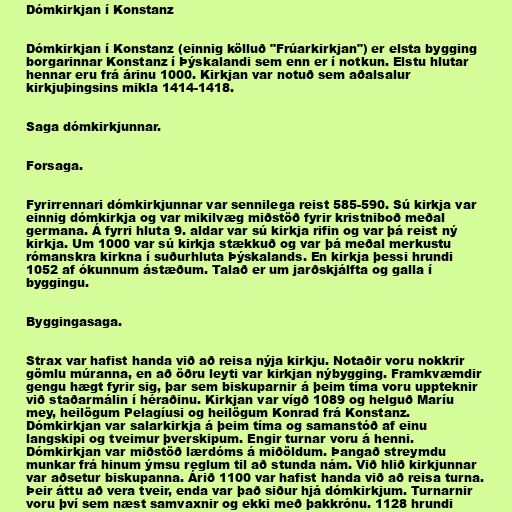
Dómkirkjan í Konstanz

Dómkirkjan í Konstanz (einnig kölluð "Frúarkirkjan") er elsta bygging
borgarinnar Konstanz í Þýskalandi sem enn er í notkun. Elstu hlutar
hennar eru frá árinu 1000. Kirkjan var notuð sem aðalsalur
kirkjuþingsins mikla 1414-1418.

Saga dómkirkjunnar.

Forsaga.

Fyrirrennari dómkirkjunnar var sennilega reist 585-590. Sú kirkja var
einnig dómkirkja og var mikilvæg miðstöð fyrir kristniboð meðal
germana. Á fyrri hluta 9. aldar var sú kirkja rifin og var þá reist ný
kirkja. Um 1000 var sú kirkja stækkuð og var þá meðal merkustu
rómanskra kirkna í suðurhluta Þýskalands. En kirkja þessi hrundi
1052 af ókunnum ástæðum. Talað er um jarðskjálfta og galla í
byggingu.

Byggingasaga.

Strax var hafist handa við að reisa nýja kirkju. Notaðir voru nokkrir
gömlu múranna, en að öðru leyti var kirkjan nýbygging. Framkvæmdir
gengu hægt fyrir sig, þar sem biskuparnir á þeim tíma voru uppteknir
við staðarmálin í héraðinu. Kirkjan var vígð 1089 og helguð Maríu
mey, heilögum Pelagíusi og heilögum Konrad frá Konstanz.
Dómkirkjan var salarkirkja á þeim tíma og samanstóð af einu
langskipi og tveimur þverskipum. Engir turnar voru á henni.
Dómkirkjan var miðstöð lærdóms á miðöldum. Þangað streymdu
munkar frá hinum ýmsu reglum til að stunda nám. Við hlið kirkjunnar
var aðsetur biskupanna. Árið 1100 var hafist handa við að reisa turna.
Þeir áttu að vera tveir, enda var það siður hjá dómkirkjum. Turnarnir
voru því sem næst samvaxnir og ekki með þakkrónu. 1128 hrundi